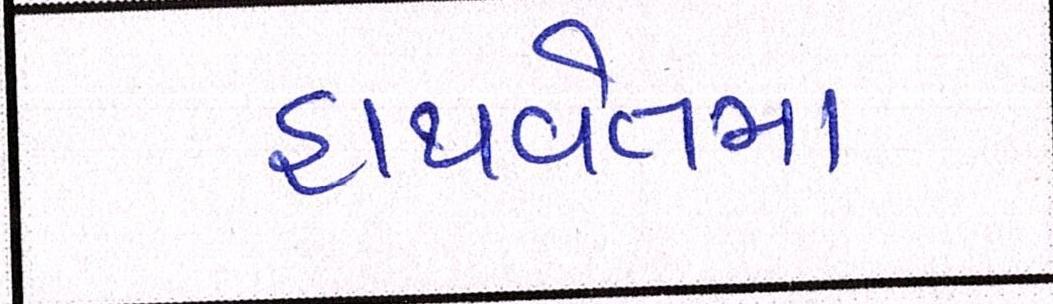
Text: હાથવેતમા